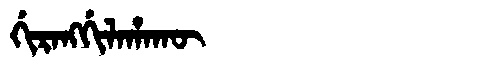
Manchu: ᡤᡳᡵᠠᠩᡤᡳᠯᠠᡥᠠᡴᡡ
Romanization: GIRANGGILAHAKŪ